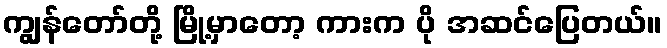
ကျွန်တော်တို့ မြို့မှာတော့ ကားက ပို အဆင်ပြေတယ်။